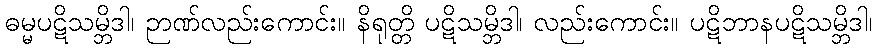
ဓမ္မပဋိသမ္ဘိဒါ၊ ဉာဏ်လည်းကောင်း။ နိရုတ္တိ ပဋိသမ္ဘိဒါ၊ လည်းကောင်း။ ပဋိဘာနပဋိသမ္ဘိဒါ၊